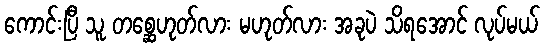
ကောင်းပြီ သူ တစ္ဆေဟုတ်လား မဟုတ်လား အခုပဲ သိရအောင် လုပ်မယ်